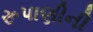
રૂપાણીની